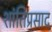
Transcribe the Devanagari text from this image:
शांतिप्रसाद